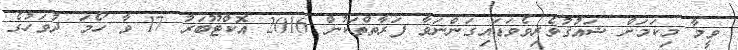
ވީމާ މިކަމަށް ޝައުޤުވެރިވެވަޑައިގަންނަވާ ފަރާތްތަކުން 2016 އޮކްޓޫބަރު 17 ވާ ހޯމަ ދުވަހުގެ